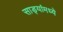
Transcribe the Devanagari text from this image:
साड्यांमध्ये